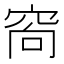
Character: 𥥩